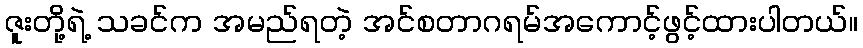
ဇူးတို့ရဲ့ သခင်က အမည်ရတဲ့ အင်စတာဂရမ်အကောင့်ဖွင့်ထားပါတယ်။